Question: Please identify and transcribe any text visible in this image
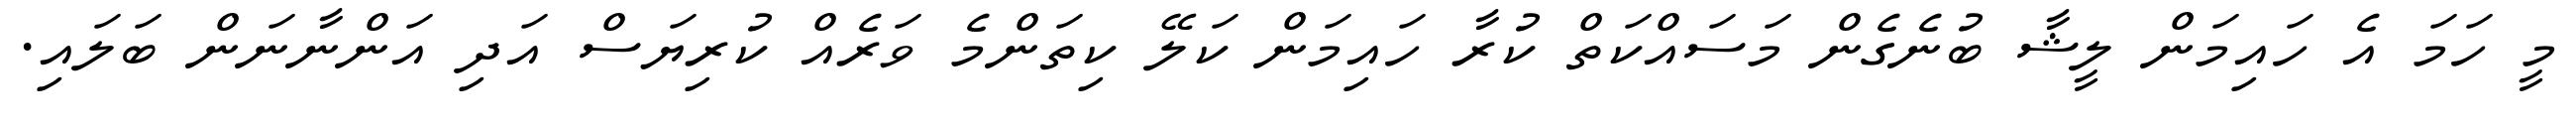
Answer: މީ ހަމަ އެ ހައިމަން ލީޝާ ބުނެގެން މަސައްކަތް ކުރާ ހައިމަން ކަލޭ ކިތަންމެ ވަރެއް ކުރިޔަސް އަދި އަންނާނަން ބަލައި.